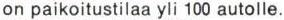
on paikoitustilaa yli 100 autolle.